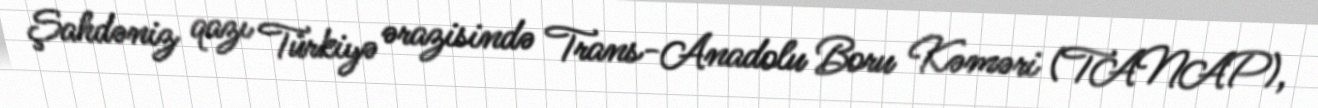
Şahdəniz qazı Türkiyə ərazisində Trans-Anadolu Boru Kəməri (TANAP),